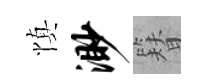
慎渺簪